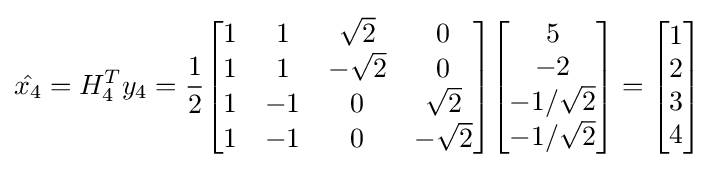
{\hat {x_{4}}}=H_{4}^{T}y_{4}={\frac {1}{2}}{\begin{bmatrix}1&1&{\sqrt {2}}&0\\1&1&-{\sqrt {2}}&0\\1&-1&0&{\sqrt {2}}\\1&-1&0&-{\sqrt {2}}\end{bmatrix}}{\begin{bmatrix}5\\-2\\-1/{\sqrt {2}}\\-1/{\sqrt {2}}\end{bmatrix}}={\begin{bmatrix}1\\2\\3\\4\end{bmatrix}}